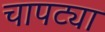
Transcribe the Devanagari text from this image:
चापट्या